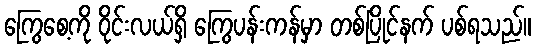
ကြွေစေ့ကို ဝိုင်းလယ်ရှိ ကြွေပန်းကန်မှာ တစ်ပြိုင်နက် ပစ်ရသည်။